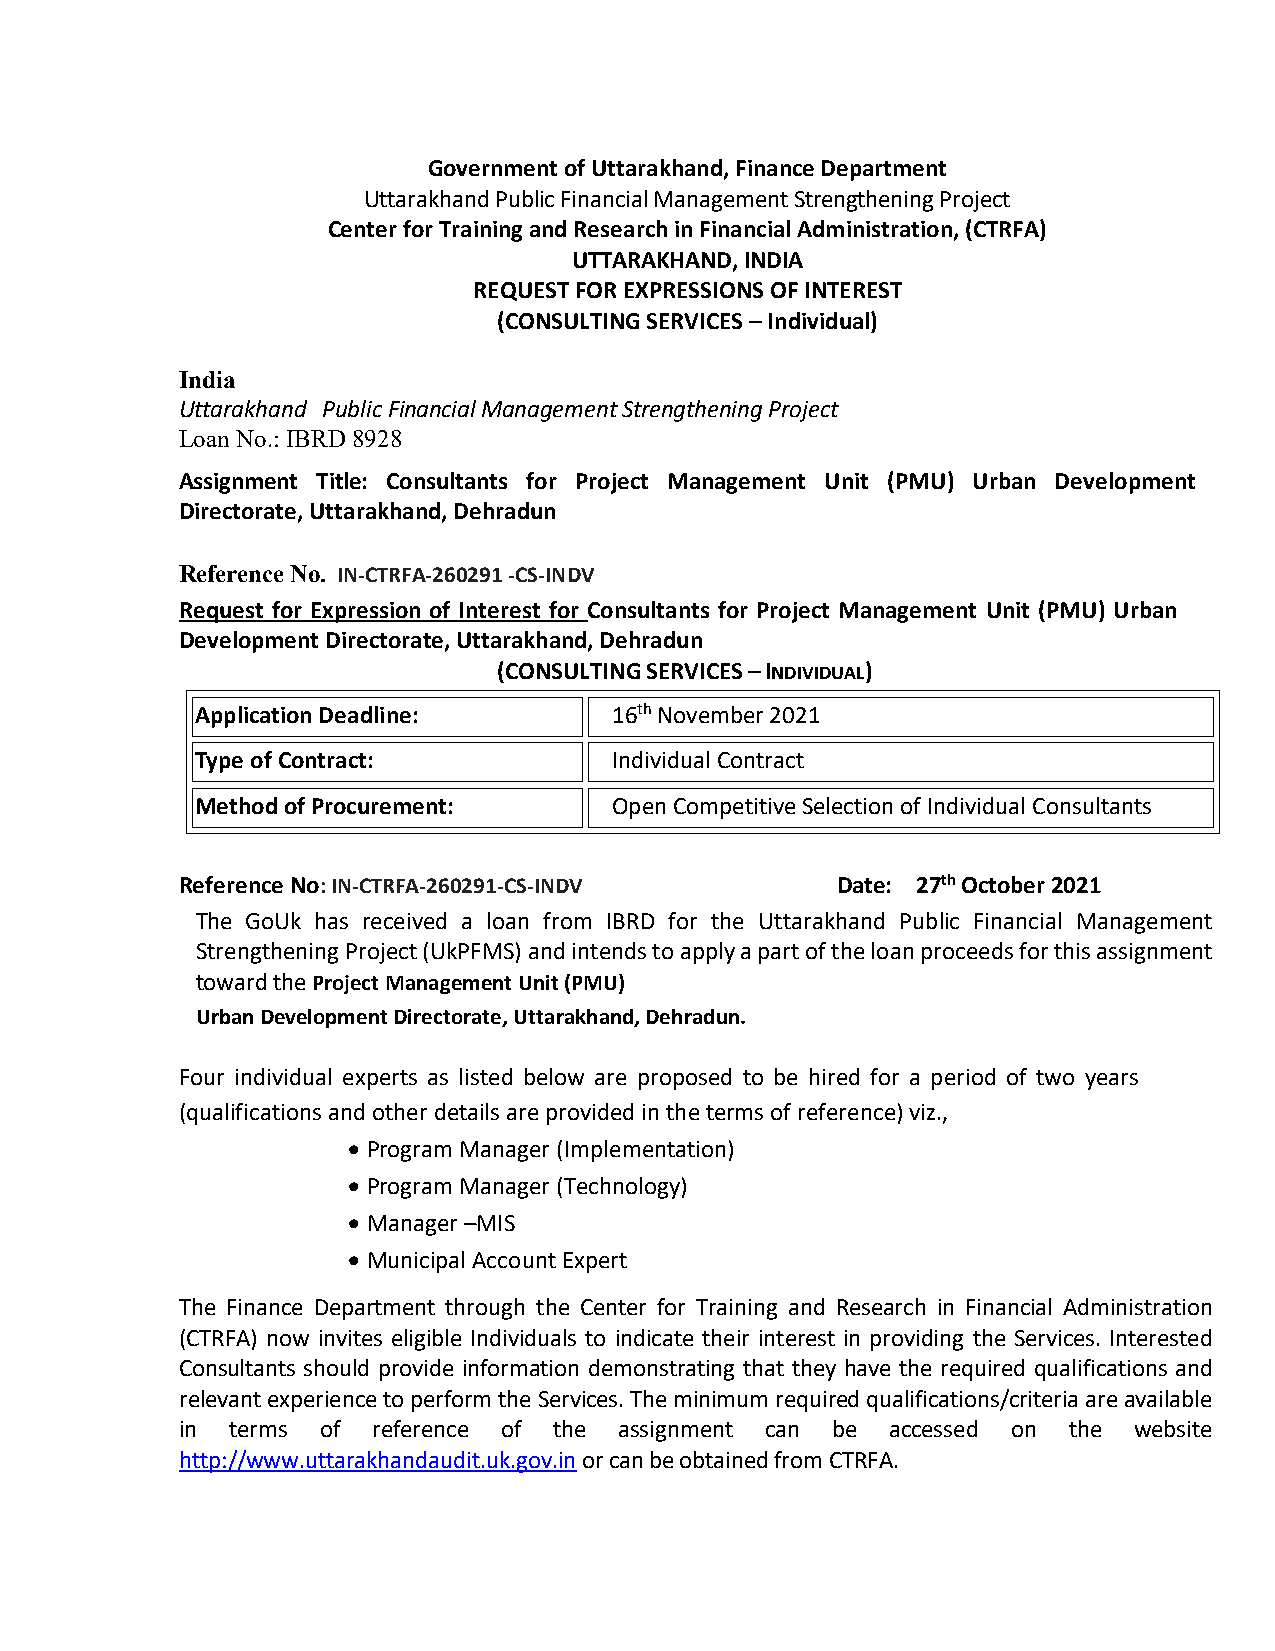
Government of Uttarakhand, Finance Department
 Uttarakhand Public Financial Management Strengthening Project
 Center for Training and Research in Financial Administration, (CTRFA)
 UTTARAKHAND, INDIA
 REQUEST FOR EXPRESSIONS OF INTEREST
 (CONSULTING SERVICES – Individual)
 India
 Uttarakhand Public Financial Management Strengthening Project
 Loan No.: IBRD 8928
 Assignment Title: Consultants for Project Management Unit (PMU) Urban Development
 Directorate, Uttarakhand, Dehradun
 Reference No. IN‐CTRFA‐260291 ‐CS‐INDV
 Request for Expression of Interest for Consultants for Project Management Unit (PMU) Urban
 Development Directorate, Uttarakhand, Dehradun
 (CONSULTING SERVICES – INDIVIDUAL)
 Application Deadline:       16thNovember 2021
 Type of Contract:           Individual Contract
 Method of Procurement:      Open Competitive Selection of Individual Consultants
 Reference No: IN‐CTRFA‐260291‐CS‐INDV      Date: 27th October 2021
 The GoUk has received a loan from IBRD for the Uttarakhand Public Financial Management
 Strengthening Project (UkPFMS) and intends to apply a part of the loan proceeds for this assignment
 toward the Project Management Unit (PMU)
 Urban Development Directorate, Uttarakhand, Dehradun.
 Four individual experts as listed below are proposed to be hired for a period of two years
 (qualifications and other details are provided in the terms of reference) viz.,
  Program Manager (Implementation)
  Program Manager (Technology)
  Manager –MIS
  Municipal Account Expert
 The Finance Department through the Center for Training and Research in Financial Administration
 (CTRFA) now invites eligible Individuals to indicate their interest in providing the Services. Interested
 Consultants should provide information demonstrating that they have the required qualifications and
 relevant experience to perform the Services. The minimum required qualifications/criteria are available
 in terms of  reference of the assignment can be accessed on the website
 http://www.uttarakhandaudit.uk.gov.in or can be obtained from CTRFA.